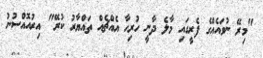
"މިރޭ ނުވައެއްގެ ފެރީގައި މާލެ ދާނީ ހުރިހާ އެއްޗެއް ތައްޔާރު ކުރޭ" އިރުއޮއްސުނު